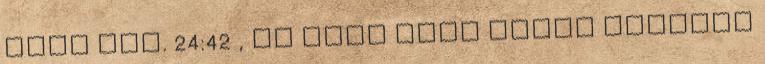
kell Mát. 24:42 , és akik Énok írása szerint